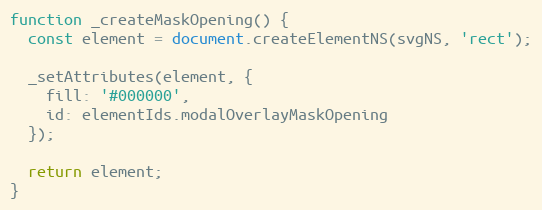
Language: JavaScript
function _createMaskOpening() {
  const element = document.createElementNS(svgNS, 'rect');

  _setAttributes(element, {
    fill: '#000000',
    id: elementIds.modalOverlayMaskOpening
  });

  return element;
}